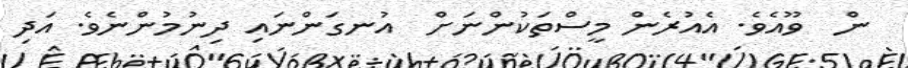
ން  ވޫއެވެ. އެއުރެން މީސްތަކުންނަށް  އުނގަންނައި ދިނުމުންނެވެ. އަދި